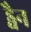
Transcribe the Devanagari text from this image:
ड्वैन